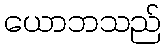
ယောဘသည်